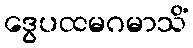
ဒွေပထမဂမာသိံ